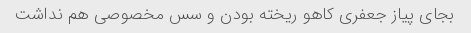
بجای پیاز جعفری کاهو ریخته بودن و سس مخصوصی هم نداشت